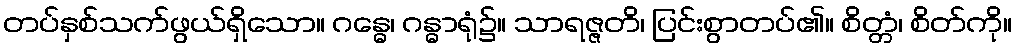
တပ်နှစ်သက်ဖွယ်ရှိသော။ ဂန္ဓေ၊ ဂန္ဓာရုံ၌။ သာရဇ္ဇတိ၊ ပြင်းစွာတပ်၏။ စိတ္တံ၊ စိတ်ကို။